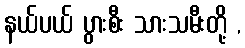
နယ်ပယ် ပွားစီး သားသမီးတို့ ,